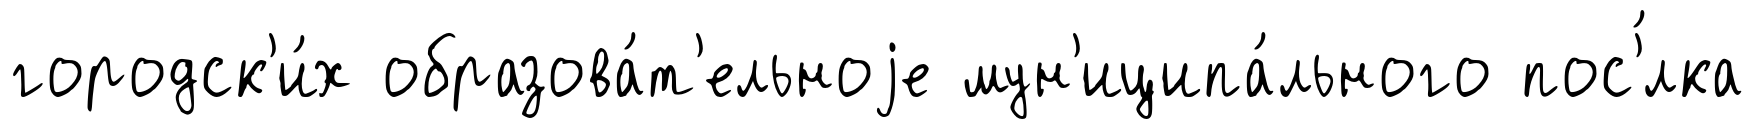
городск'и́х образова́т'ельноjе мун'иципа́льного пос'́лка